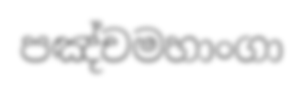
පඤ්චමහාංගා